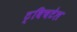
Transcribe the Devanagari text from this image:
ट्विचटेल